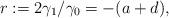
LaTeX: \begin{align*}r:=2\gamma_1/\gamma_0=-(a+d),\end{align*}